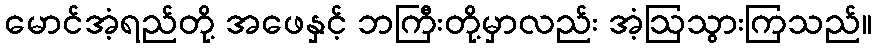
မောင်အံ့ရည်တို့ အဖေနှင့် ဘကြီးတို့မှာလည်း အံ့ဩသွားကြသည်။